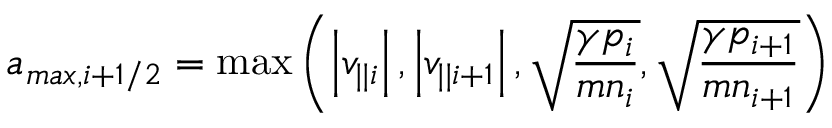
a _ { m a x , i + 1 / 2 } = \operatorname* { m a x } \left( \left| v _ { | | i } \right| , \left| v _ { | | i + 1 } \right| , \sqrt { \frac { \gamma p _ { i } } { m n _ { i } } } , \sqrt { \frac { \gamma p _ { i + 1 } } { m n _ { i + 1 } } } \right)